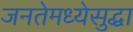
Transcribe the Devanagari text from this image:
जनतेमध्येसुद्धा